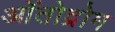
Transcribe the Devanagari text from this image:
ऑतोद्रोम